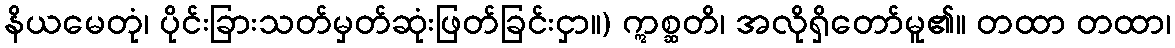
နိယမေတုံ၊ ပိုင်းခြားသတ်မှတ်ဆုံးဖြတ်ခြင်းငှာ။) ဣစ္ဆတိ၊ အလိုရှိတော်မူ၏။ တထာ တထာ၊